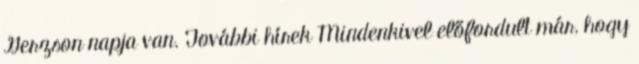
Gerzson napja van. További hírek Mindenkivel előfordult már, hogy